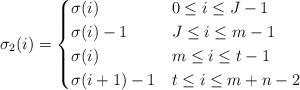
LaTeX: \begin{align*}\sigma_2(i)=\begin{cases}\sigma(i)&0\le i\le J-1\\\sigma(i)-1&J\le i\le m-1\\\sigma(i)&m\le i\le t-1\\\sigma(i+1)-1&t\le i\le m+n-2\end{cases}\end{align*}